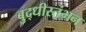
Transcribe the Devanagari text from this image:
बुद्धीस्तंभन